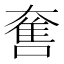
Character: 𡙬